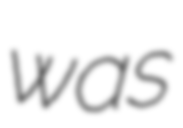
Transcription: was